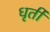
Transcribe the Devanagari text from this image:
धृर्ती